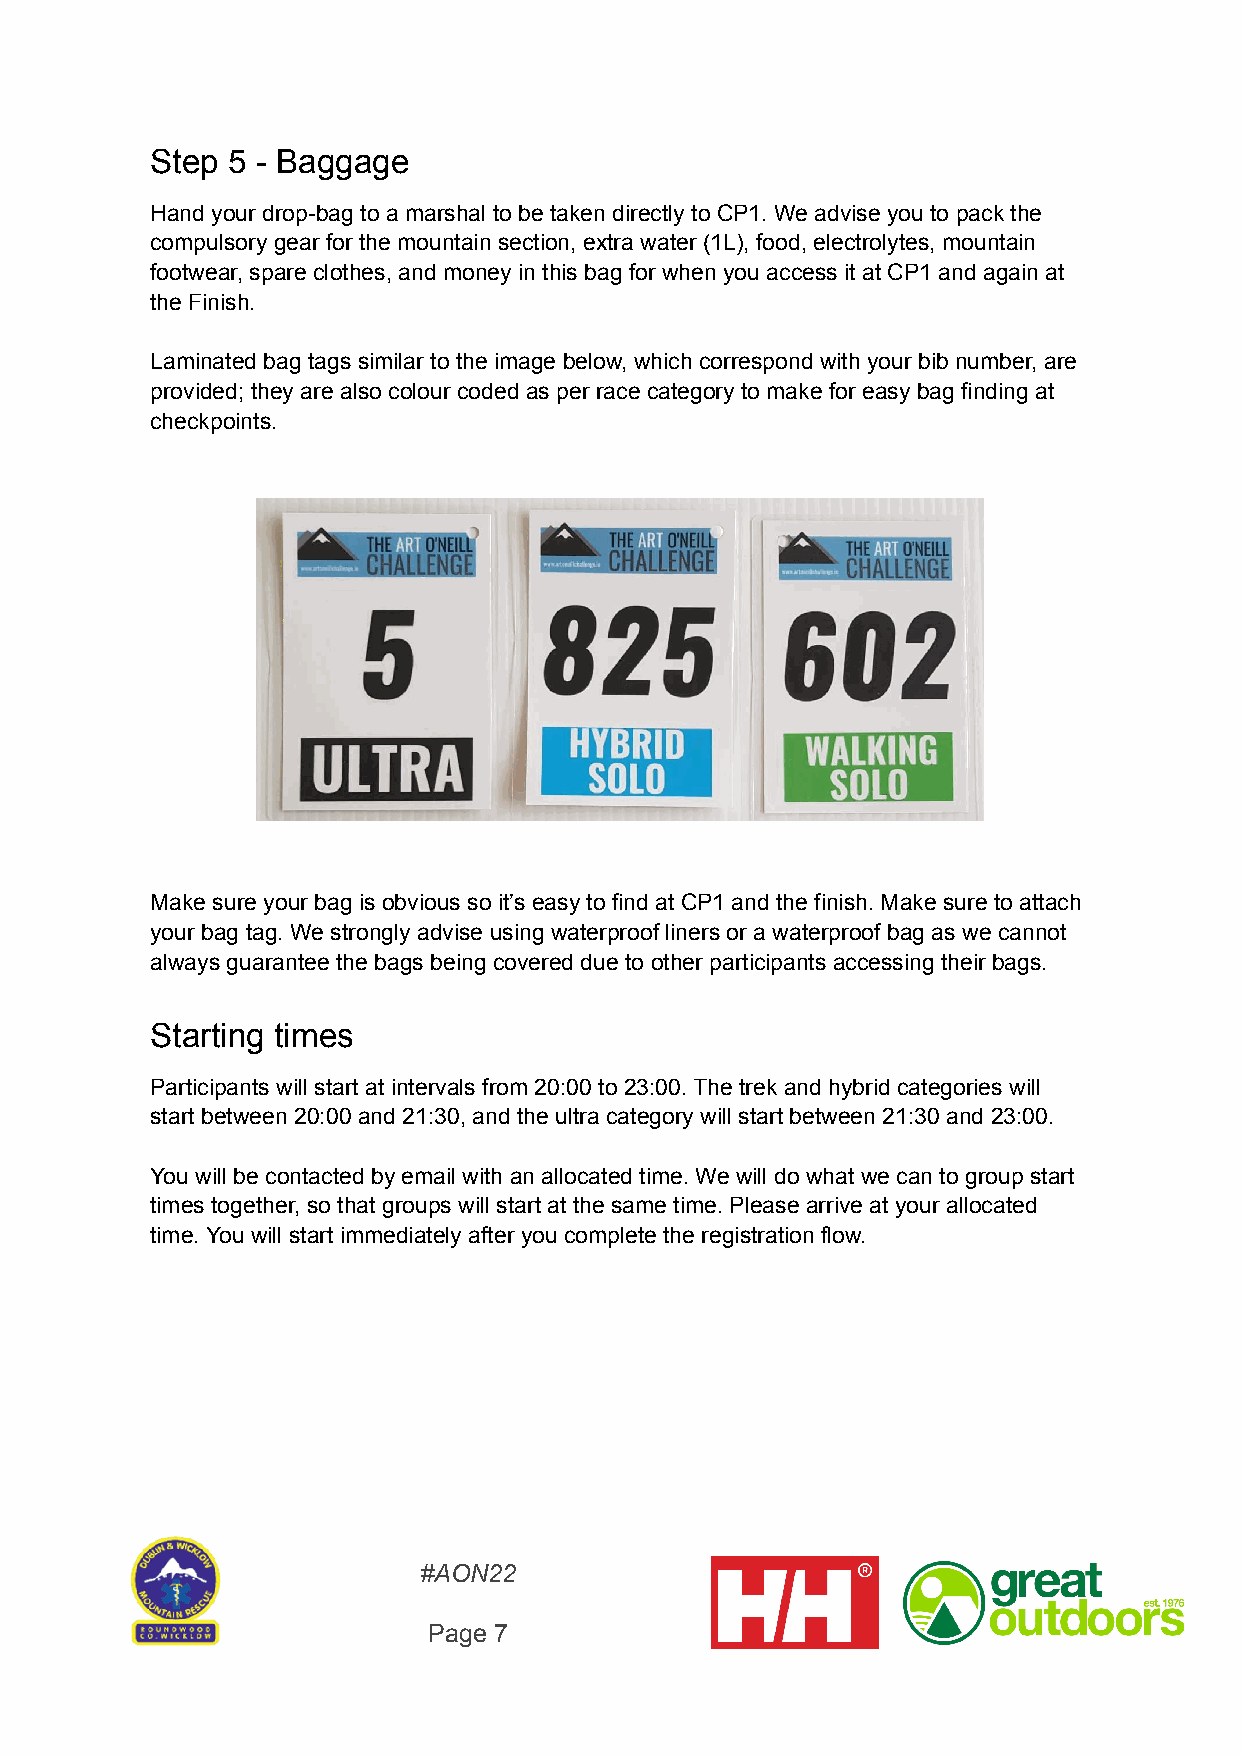
Step 5 - Baggage
 Hand your drop-bag to a marshal to be taken directly to CP1. We advise you to pack the
 compulsory gear for the mountain section, extra water (1L), food, electrolytes, mountain
 footwear, spare clothes, and money in this bag for when you access it at CP1 and again at
 the Finish.
 Laminated bag tags similar to the image below, which correspond with your bib number, are
 provided; they are also colour coded as per race category to make for easy bag finding at
 checkpoints.
 Make sure your bag is obvious so it’s easy to find at CP1 and the finish. Make sure to attach
 your bag tag. We strongly advise using waterproof liners or a waterproof bag as we cannot
 always guarantee the bags being covered due to other participants accessing their bags.
 Starting times
 Participants will start at intervals from 20:00 to 23:00. The trek and hybrid categories will
 start between 20:00 and 21:30, and the ultra category will start between 21:30 and 23:00.
 You will be contacted by email with an allocated time. We will do what we can to group start
 times together, so that groups will start at the same time. Please arrive at your allocated
 time. You will start immediately after you complete the registration flow.
 #AON22
 Page 7